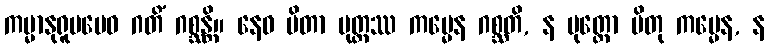
ကမ္မာနုရူပမေဝ ဂတိံ ဂစ္ဆန္တိ။ နေဝ ပိတာ ပုတ္တဿ ကမ္မေန ဂစ္ဆတိ, န ပုတ္တော ပိတု ကမ္မေန, န